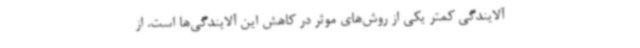
آلایندگی کمتر یکی از روش‌های موثر در کاهش این آلایندگی‌ها است. از